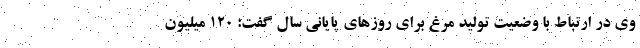
وی در ارتباط با وضعیت تولید مرغ برای روزهای پایانی سال گفت: ۱۲۰ میلیون